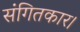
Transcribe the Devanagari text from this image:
संगितकार।